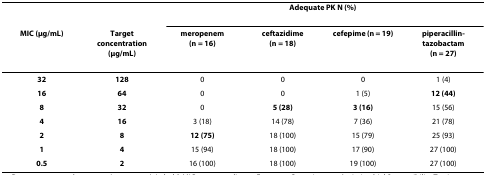
<table><thead><tr><td></td><td></td><td colspan="4"><b>Adequate PK N (%)</b></td></tr><tr><td><b>MIC (μg/mL)</b></td><td><b>Target concentration (μg/mL)</b></td><td><b>meropenem (n = 16)</b></td><td><b>ceftazidime (n = 18)</b></td><td><b>cefepime (n = 19)</b></td><td><b>piperacillin-tazobactam (n = 27)</b></td></tr></thead><tbody><tr><td><b>32</b></td><td><b>128</b></td><td>0</td><td>0</td><td>0</td><td>1 (4)</td></tr><tr><td><b>16</b></td><td><b>64</b></td><td>0</td><td>0</td><td>1 (5)</td><td><b>12 (44)</b></td></tr><tr><td><b>8</b></td><td><b>32</b></td><td>0</td><td><b>5 (28)</b></td><td><b>3 (16)</b></td><td>15 (56)</td></tr><tr><td><b>4</b></td><td><b>16</b></td><td>3 (18)</td><td>14 (78)</td><td>7 (36)</td><td>21 (78)</td></tr><tr><td><b>2</b></td><td><b>8</b></td><td><b>12 (75)</b></td><td>18 (100)</td><td>15 (79)</td><td>25 (93)</td></tr><tr><td><b>1</b></td><td><b>4</b></td><td>15 (94)</td><td>18 (100)</td><td>17 (90)</td><td>27 (100)</td></tr><tr><td><b>0.5</b></td><td><b>2</b></td><td>16 (100)</td><td>18 (100)</td><td>19 (100)</td><td>27 (100)</td></tr></tbody></table>